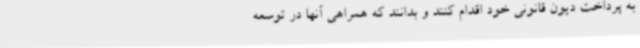
به پرداخت دیون قانونی خود اقدام کنند و بدانند که همراهی آنها در توسعه